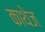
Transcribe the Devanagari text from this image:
काथेज